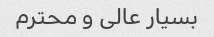
بسیار عالی و محترم